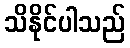
သိနိုင်ပါသည်